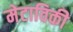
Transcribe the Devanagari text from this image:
मेटाविकी